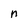
Character: n